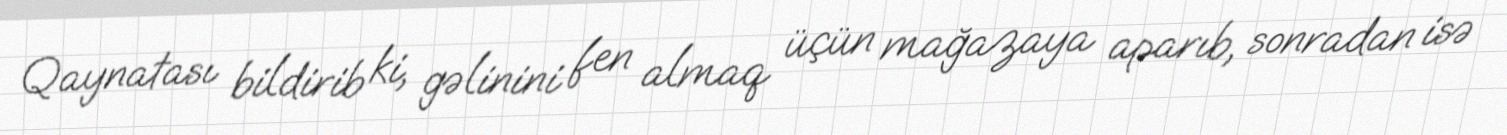
Qaynatası bildirib ki, gəlinini fen almaq üçün mağazaya aparıb, sonradan isə